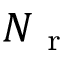
N _ { \mathrm { ~ r ~ } }